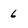
Character: 6